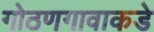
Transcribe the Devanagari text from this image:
गोठणगावाकडे